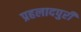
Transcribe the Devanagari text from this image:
प्रहलादपुरी